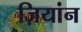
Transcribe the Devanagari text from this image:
ज़ियांन